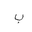
Letter: _ba